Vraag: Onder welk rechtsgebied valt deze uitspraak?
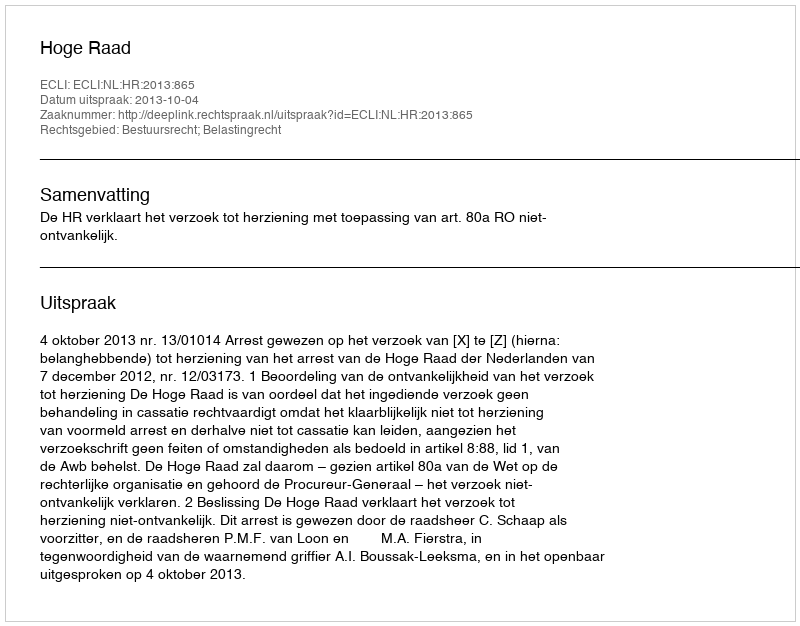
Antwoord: Bestuursrecht; Belastingrecht